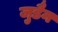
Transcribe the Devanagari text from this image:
जुडैन